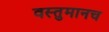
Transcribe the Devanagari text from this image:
वस्तुमानच